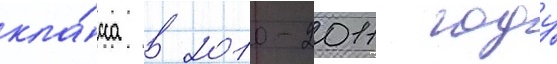
кла́сса в 2010-2011 году